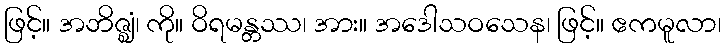
ဖြင့်။ အဘိဇ္ဈံ၊ ကို။ ဝိရမန္တဿ၊ အား။ အဒေါသဝသေန၊ ဖြင့်။ ဧကမူလာ၊